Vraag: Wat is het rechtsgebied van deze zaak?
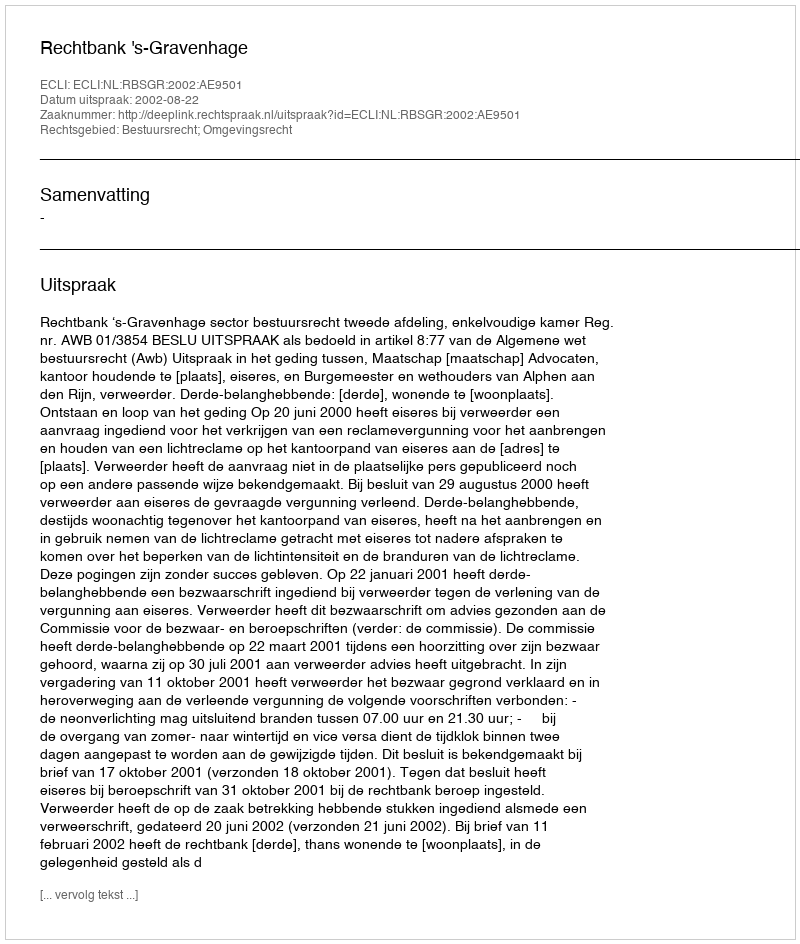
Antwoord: Bestuursrecht; Omgevingsrecht